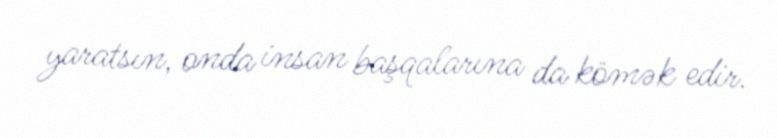
yaratsın, onda insan başqalarına da kömək edir.